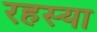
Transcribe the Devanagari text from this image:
रहस्या